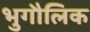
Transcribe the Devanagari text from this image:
भुगौलिक